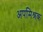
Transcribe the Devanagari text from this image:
अपमिश्रक